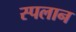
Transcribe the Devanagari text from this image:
स्पलान